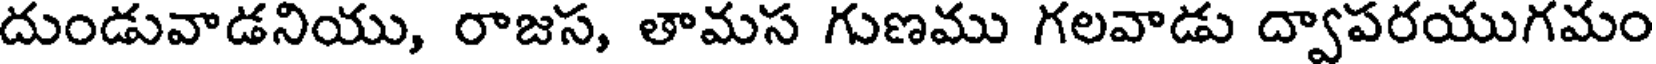
దుండువాడనియు, రాజస, తామస గుణము గలవాడు ద్వాపరయుగమం